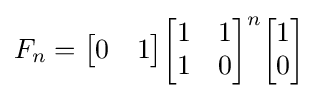
F_{n}={\begin{bmatrix}0&1\end{bmatrix}}{\begin{bmatrix}1&1\\1&0\end{bmatrix}}^{n}{\begin{bmatrix}1\\0\end{bmatrix}}